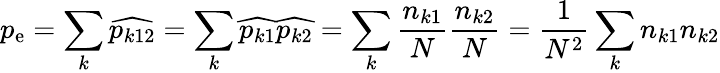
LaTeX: p_{\mathrm{e}}=\sum_{k}{\widehat{{p_{k12}}}}=\sum_{k}{\widehat{{p_{k1}}}}{\widehat{{p_{k2}}}}=\sum_{k}{\frac{{n_{k1}}}{{N}}}{\frac{{n_{k2}}}{{N}}}={\frac{{1}}{{N^{2}}}}\sum_{k}n_{k1}n_{k2}